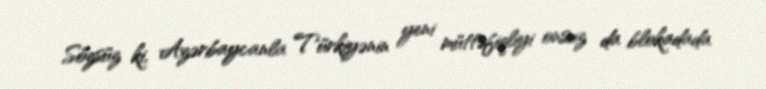
Sözsüz ki, Azərbaycanla Türkiyənin yeni müttəfiqliyi onsuz da blokadada